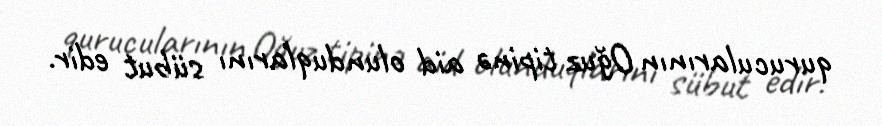
qurucularının Oğuz tipinə aid olunduqlarını sübut edir.